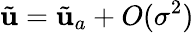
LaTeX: \tilde{\mathbf{u}}=\tilde{\mathbf{u}}_{a}+O(\sigma^{2})